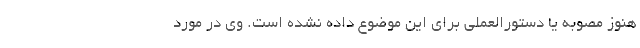
هنوز مصوبه یا دستورالعملی برای این موضوع داده نشده است. وی در مورد